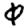
Digit: 0